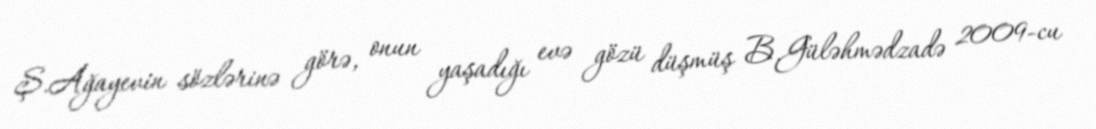
Ş.Ağayevin sözlərinə görə, onun yaşadığı evə gözü düşmüş B.Güləhmədzadə 2009-cu